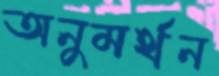
অনুমর্থন